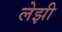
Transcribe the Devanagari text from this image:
लेझी